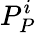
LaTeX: P_{P}^{i}